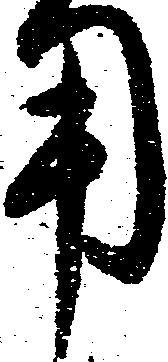
用